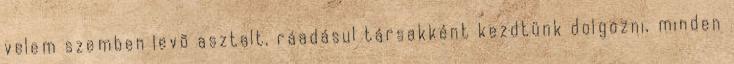
velem szemben levõ asztalt, ráadásul társakként kezdtünk dolgozni, minden